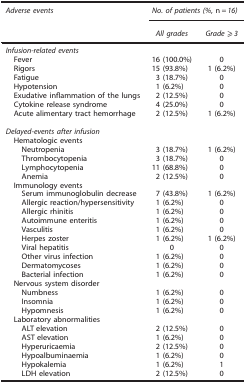
<table><thead><tr><td><b><i>Adverse events</i></b></td><td colspan="2"><b><i>No. of patients (%,</i> n<i>=16)</i></b></td></tr><tr><td><b> </b></td><td><b><i>All grades</i></b></td><td><b><i>Grade ⩾3</i></b></td></tr></thead><tbody><tr><td colspan="3"><i>Infusion-related events</i></td></tr><tr><td> Fever</td><td>16 (100.0%)</td><td>0</td></tr><tr><td> Rigors</td><td>15 (93.8%)</td><td>1 (6.2%)</td></tr><tr><td> Fatigue</td><td>3 (18.7%)</td><td>0</td></tr><tr><td> Hypotension</td><td>1 (6.2%)</td><td>0</td></tr><tr><td> Exudative inflammation of the lungs</td><td>2 (12.5%)</td><td>0</td></tr><tr><td> Cytokine release syndrome</td><td>4 (25.0%)</td><td>0</td></tr><tr><td> Acute alimentary tract hemorrhage</td><td>2 (12.5%)</td><td>1 (6.2%)</td></tr><tr><td> </td><td> </td><td> </td></tr><tr><td colspan="3"><i>Delayed-events after infusion</i></td></tr><tr><td colspan="3"> Hematologic events</td></tr><tr><td>Neutropenia</td><td>3 (18.7%)</td><td>1 (6.2%)</td></tr><tr><td>Thrombocytopenia</td><td>3 (18.7%)</td><td>0</td></tr><tr><td>Lymphocytopenia</td><td>11 (68.8%)</td><td>0</td></tr><tr><td>Anemia</td><td>2 (12.5%)</td><td>0</td></tr><tr><td colspan="3"> Immunology events</td></tr><tr><td>Serum immunoglobulin decrease</td><td>7 (43.8%)</td><td>1 (6.2%)</td></tr><tr><td>Allergic reaction/hypersensitivity</td><td>1 (6.2%)</td><td>0</td></tr><tr><td>Allergic rhinitis</td><td>1 (6.2%)</td><td>0</td></tr><tr><td>Autoimmune enteritis</td><td>1 (6.2%)</td><td>0</td></tr><tr><td>Vasculitis</td><td>1 (6.2%)</td><td>0</td></tr><tr><td>Herpes zoster</td><td>1 (6.2%)</td><td>1 (6.2%)</td></tr><tr><td>Viral hepatitis</td><td>0</td><td>0</td></tr><tr><td>Other virus infection</td><td>1 (6.2%)</td><td>0</td></tr><tr><td>Dermatomycoses</td><td>1 (6.2%)</td><td>0</td></tr><tr><td>Bacterial infection</td><td>1 (6.2%)</td><td>0</td></tr><tr><td colspan="3"> Nervous system disorder</td></tr><tr><td>Numbness</td><td>1 (6.2%)</td><td>0</td></tr><tr><td>Insomnia</td><td>1 (6.2%)</td><td>0</td></tr><tr><td>Hypomnesis</td><td>1 (6.2%)</td><td>0</td></tr><tr><td colspan="3"> Laboratory abnormalities</td></tr><tr><td>ALT elevation</td><td>2 (12.5%)</td><td>0</td></tr><tr><td>AST elevation</td><td>1 (6.2%)</td><td>0</td></tr><tr><td>Hyperuricaemia</td><td>2 (12.5%)</td><td>0</td></tr><tr><td>Hypoalbuminaemia</td><td>1 (6.2%)</td><td>0</td></tr><tr><td>Hypokalemia</td><td>1 (6.2%)</td><td>1</td></tr><tr><td>LDH elevation</td><td>2 (12.5%)</td><td>0</td></tr></tbody></table>